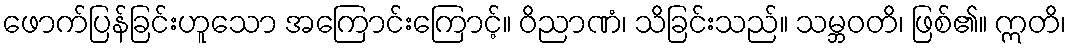
ဖောက်ပြန်ခြင်းဟူသော အကြောင်းကြောင့်။ ဝိညာဏံ၊ သိခြင်းသည်။ သမ္ဘဝတိ၊ ဖြစ်၏။ ဣတိ၊